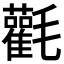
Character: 𣰻